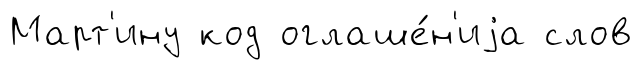
Март'ину код оглаше́н'иjа слов